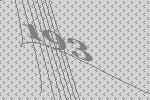
193